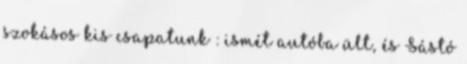
szokásos kis csapatunk : ismét autóba ült, és Sástó